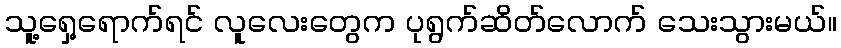
သူ့ရှေ့ရောက်ရင် လူလေးတွေက ပုရွက်ဆိတ်လောက် သေးသွားမယ်။